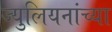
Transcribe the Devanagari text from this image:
ज्युलियनांच्या